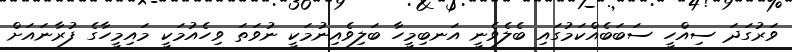
ވަރުގަދަ ސިއްހީ ސަބަބެއްކަމުގައި ބެލެވެނީ އަނބިމީހާ ބަލިވެއިނުމަކީ ނުވަތަ ވިހެއުމަކީ މައިމީހާގެ ފުރާނައަށް